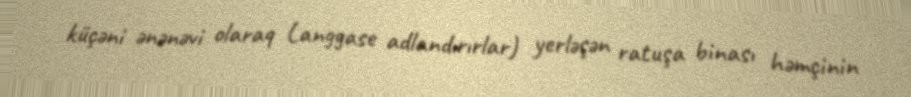
küçəni ənənəvi olaraq Langgase adlandırırlar) yerləşən ratuşa binası həmçinin